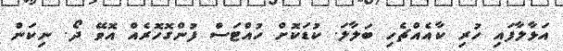
އަޅާލާފައި ހުރި ކާއެއްޗެހި ބަލާލަ. ކުޑަކޮށް ހުއްޓަސް ފުންގޮހޮރެއް އޮވޭ ދޯ. ނިކަން